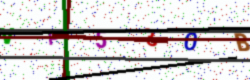
Text: VP530B